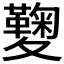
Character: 𡖁